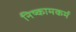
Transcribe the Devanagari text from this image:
निष्कामकर्म